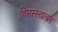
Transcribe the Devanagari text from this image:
हिमस्स्खलन